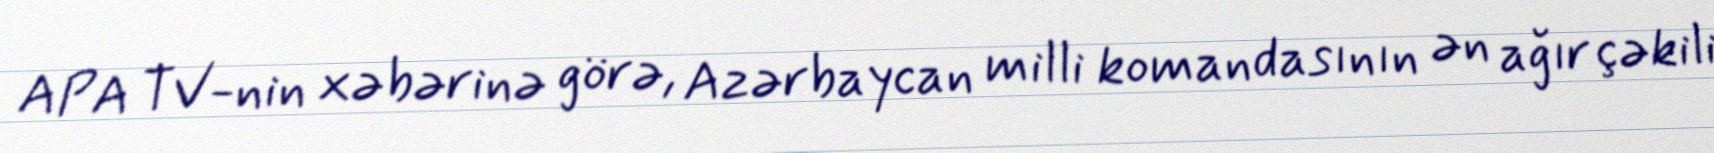
APA TV-nin xəbərinə görə, Azərbaycan milli komandasının ən ağır çəkili